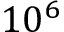
{ 1 0 ^ { 6 } }